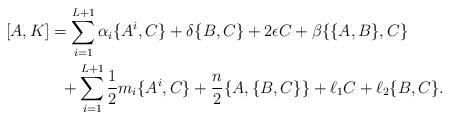
LaTeX: \begin{align*}[A,K] &= \sum_{i=1}^{L+1}\alpha_i\{A^i,C\} +\delta\{B,C\}+2\epsilon C + \beta\{\{A,B\},C\} \\&\ \ + \sum_{i=1}^{L+1}\frac12 m_i\{A^i,C\} +\frac{n}{2}\{A,\{B,C\}\} + \ell_1 C + \ell_2\{B,C\}.\end{align*}